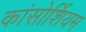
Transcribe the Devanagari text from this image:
कांसोर्शियम